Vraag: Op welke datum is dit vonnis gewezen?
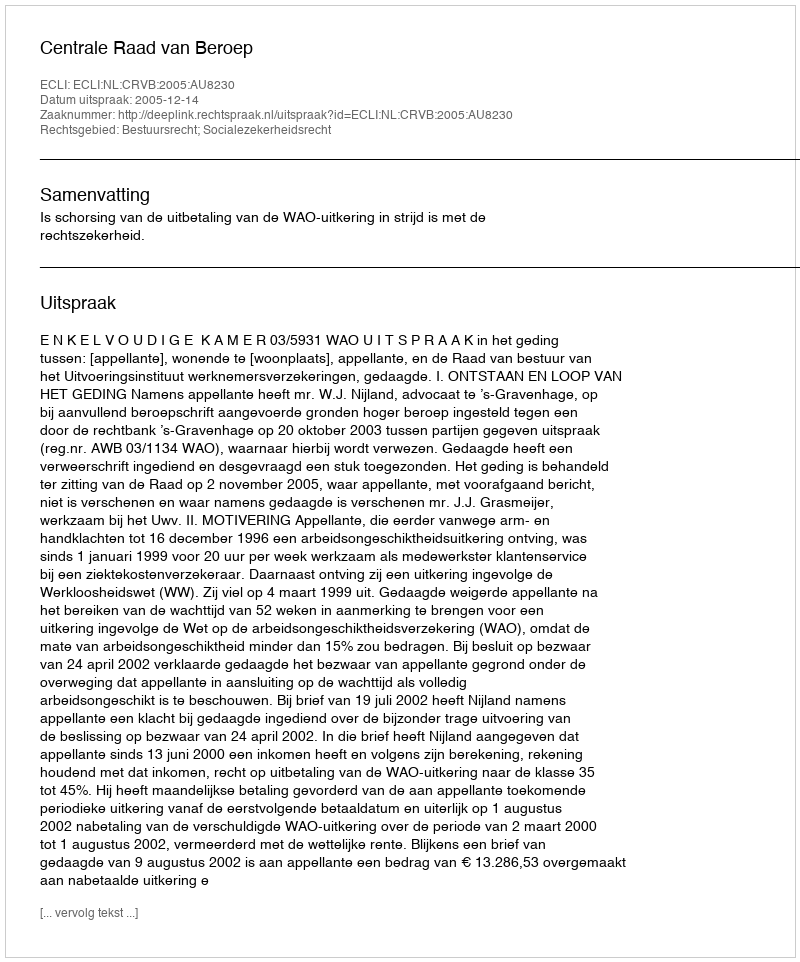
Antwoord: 2005-12-14